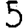
Digit: 5